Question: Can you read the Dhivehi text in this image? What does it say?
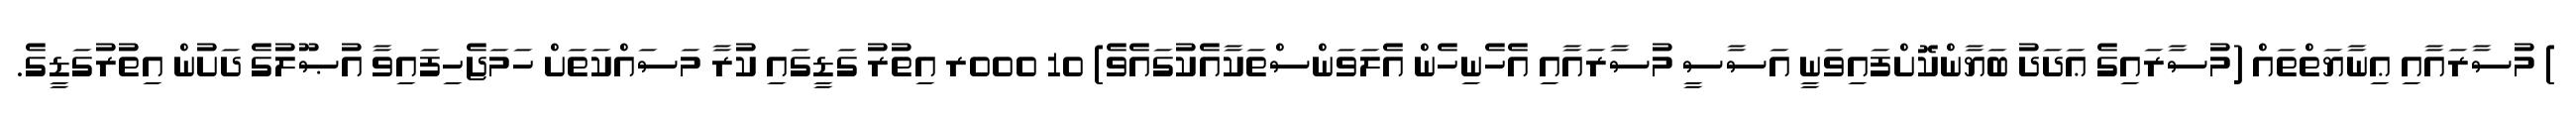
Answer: ) މުސާރައާއި ޢިނާޔަތްތައް (މުސާރައިގެ ޢަދަދު ބަޔާންކޮށްފައިވަނީ އަސާސީ މުސާރައާއި އެހެނިހެން އެލަވަންސްތަކާއެކުގައެވެ) 10 000ރ އިތުރު ގަޑީގައި ކުރާ މަސައްކަތަށް ހަމަޖެހިފައިވާ އުޞޫލުގެ ދަށުން އިތުރުގަޑީގެ.